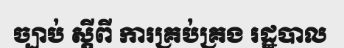
ច្បាប់ ស្តីពី ការគ្រប់គ្រង រដ្ឋបាល